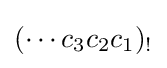
(\cdots c_{3}c_{2}c_{1})_{!}